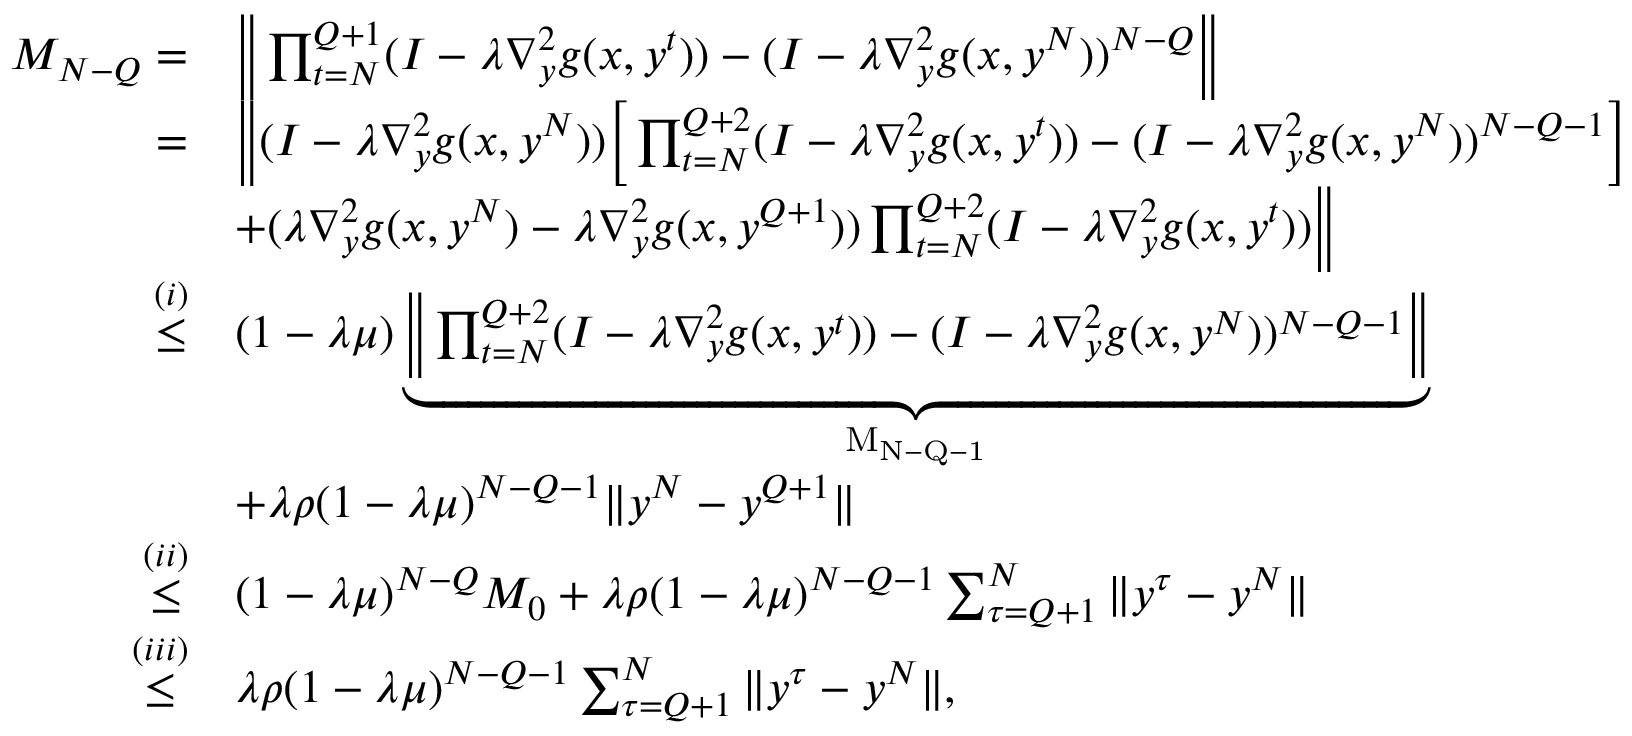
\begin{array} { r l } { M _ { N - Q } = } & { \Big \| \prod _ { t = N } ^ { Q + 1 } ( I - \lambda \nabla _ { y } ^ { 2 } g ( x , y ^ { t } ) ) - ( I - \lambda \nabla _ { y } ^ { 2 } g ( x , y ^ { N } ) ) ^ { N - Q } \Big \| } \\ { = } & { \Big \| ( I - \lambda \nabla _ { y } ^ { 2 } g ( x , y ^ { N } ) ) \Big [ \prod _ { t = N } ^ { Q + 2 } ( I - \lambda \nabla _ { y } ^ { 2 } g ( x , y ^ { t } ) ) - ( I - \lambda \nabla _ { y } ^ { 2 } g ( x , y ^ { N } ) ) ^ { N - Q - 1 } \Big ] } \\ & { + ( \lambda \nabla _ { y } ^ { 2 } g ( x , y ^ { N } ) - \lambda \nabla _ { y } ^ { 2 } g ( x , y ^ { Q + 1 } ) ) \prod _ { t = N } ^ { Q + 2 } ( I - \lambda \nabla _ { y } ^ { 2 } g ( x , y ^ { t } ) ) \Big \| } \\ { \overset { ( i ) } { \leq } } & { ( 1 - \lambda \mu ) \underbrace { \Big \| \prod _ { t = N } ^ { Q + 2 } ( I - \lambda \nabla _ { y } ^ { 2 } g ( x , y ^ { t } ) ) - ( I - \lambda \nabla _ { y } ^ { 2 } g ( x , y ^ { N } ) ) ^ { N - Q - 1 } \Big \| } _ { \mathrm { ~ M _ { N - Q - 1 } ~ } } } \\ & { + \lambda \rho ( 1 - \lambda \mu ) ^ { N - Q - 1 } \| y ^ { N } - y ^ { Q + 1 } \| } \\ { \overset { ( i i ) } { \leq } } & { ( 1 - \lambda \mu ) ^ { N - Q } M _ { 0 } + \lambda \rho ( 1 - \lambda \mu ) ^ { N - Q - 1 } \sum _ { \tau = Q + 1 } ^ { N } \| y ^ { \tau } - y ^ { N } \| } \\ { \overset { ( i i i ) } { \leq } } & { \lambda \rho ( 1 - \lambda \mu ) ^ { N - Q - 1 } \sum _ { \tau = Q + 1 } ^ { N } \| y ^ { \tau } - y ^ { N } \| , } \end{array}